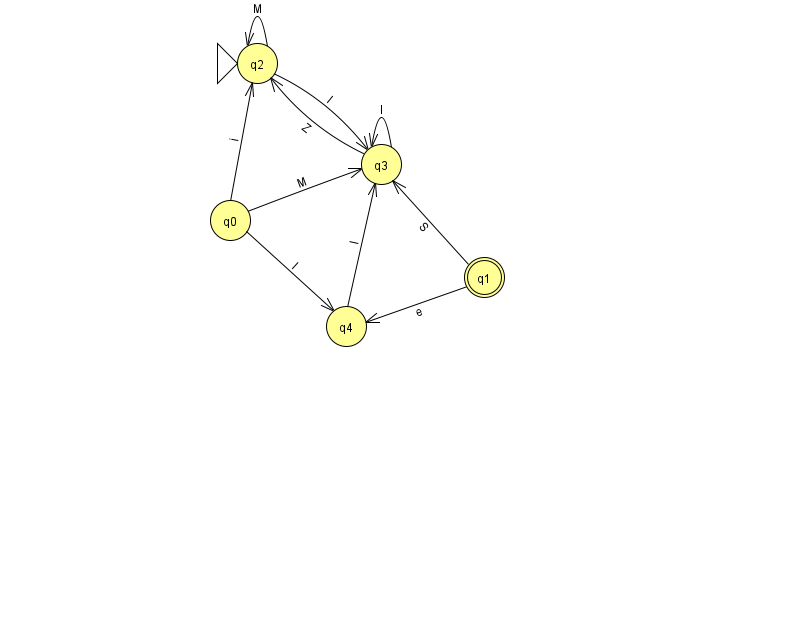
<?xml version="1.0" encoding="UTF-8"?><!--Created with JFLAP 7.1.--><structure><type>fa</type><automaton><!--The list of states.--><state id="0" name="q0"><x>230.0</x><y>207.0</y></state><state id="1" name="q1"><x>484.0</x><y>264.0</y><final/></state><state id="2" name="q2"><x>257.0</x><y>50.0</y><initial/></state><state id="3" name="q3"><x>381.0</x><y>151.0</y></state><state id="4" name="q4"><x>346.0</x><y>313.0</y></state><!--The list of transitions.--><transition><from>3</from><to>2</to><read>Z</read></transition><transition><from>4</from><to>3</to><read>I</read></transition><transition><from>2</from><to>3</to><read>I</read></transition><transition><from>1</from><to>3</to><read>S</read></transition><transition><from>0</from><to>3</to><read>M</read></transition><transition><from>0</from><to>2</to><read>i</read></transition><transition><from>3</from><to>3</to><read>I</read></transition><transition><from>0</from><to>4</to><read>I</read></transition><transition><from>1</from><to>4</to><read>e</read></transition><transition><from>2</from><to>2</to><read>M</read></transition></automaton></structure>